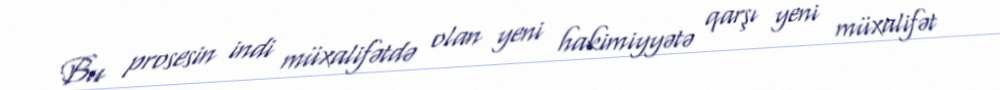
Bu prosesin indi müxalifətdə olan yeni hakimiyyətə qarşı yeni müxalifət